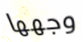
وجهها